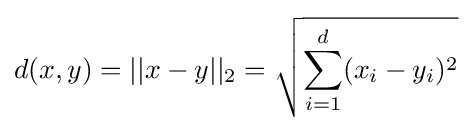
d(x,y)=||x-y||_{2}={\sqrt {\sum _{i=1}^{d}(x_{i}-y_{i})^{2}}}